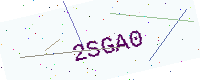
Text: 2SGA0